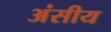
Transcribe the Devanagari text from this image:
अंसीय